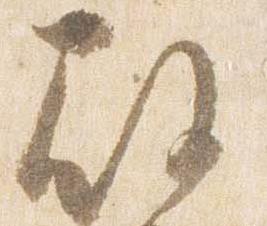
殿